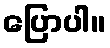
ပြောပါ။